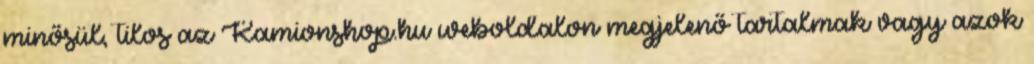
minősül, tilos az Kamionshop.hu weboldalon megjelenő tartalmak vagy azok